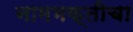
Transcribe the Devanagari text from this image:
नामभक्तीचा